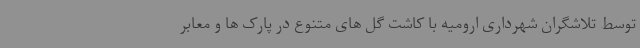
توسط تلاشگران شهرداری ارومیه با کاشت گل های متنوع در پارک ها و معابر